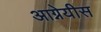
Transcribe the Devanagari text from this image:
आग्नेयीस